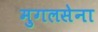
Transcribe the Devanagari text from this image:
मुगलसेना